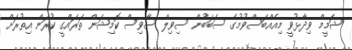
ޝަމީމް ވިދާޅުވީ މިއެއްބަސްވުމުގެ ސަބަބުން ސިވިލް ސާވިސް ކޮމިޝަން ތަރައްގީ ކުރަން އިތުރަށް